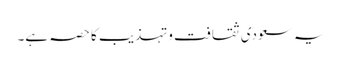
یہ سعودی ثقافت وتہذیب کا حصہ ہے۔